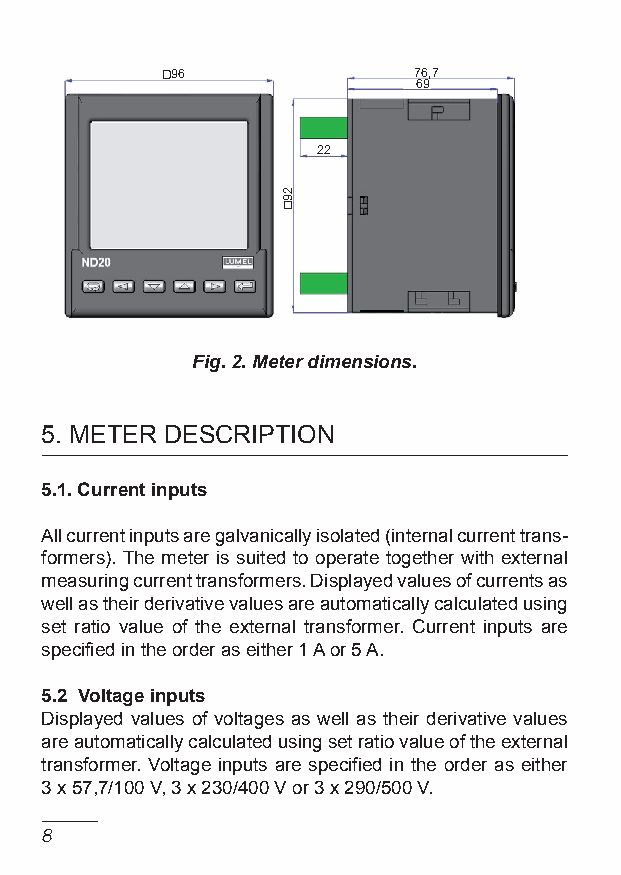
96              76,7
 69
 22
 Fig. 2. Meter dimensions.
 5. MeTeR DeSCRIPTION
 5.1. Current inputs
 All current inputs are galvanically isolated (internal current trans-
 formers). The meter is suited to operate together with external
 measuring current transformers. Displayed values of currents as
 well as their derivative values are automatically calculated using
 set ratio value of the external transformer. Current inputs are
 specified in the order as either 1 A or 5 A.
 5.2 Voltage inputs
 Displayed values of voltages as well as their derivative values
 are automatically calculated using set ratio value of the external
 transformer. Voltage inputs are specified in the order as either
 3 x 57,7/100 V, 3 x 230/400 V or 3 x 290/500 V.
 
 29